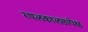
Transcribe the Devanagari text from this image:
स्थलकालसापेक्ष